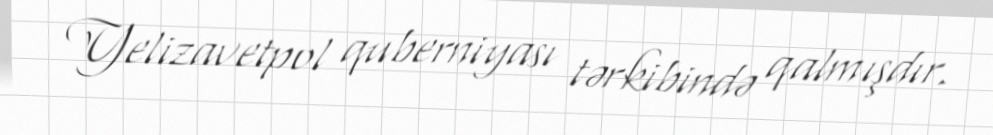
Yelizavetpol quberniyası tərkibində qalmışdır.